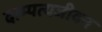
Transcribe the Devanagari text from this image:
दाम्पत्यजीवन